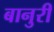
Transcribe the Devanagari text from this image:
बानुरी